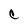
Character: C